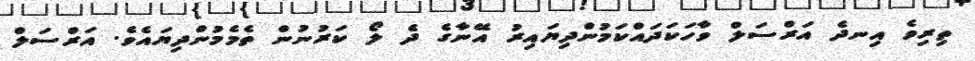
ތިރިވެ އިނދެ އަރްސަލް ވާހަކަދައްކަމުންދިޔައިރު އޭނާގެ ދެ ލޯ ކަރުނުން ތެމެމުންދިޔައެވެ. އަރްސަލް